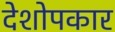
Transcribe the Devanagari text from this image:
देशोपकार